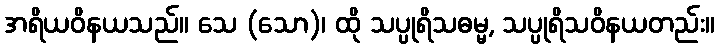
အရိယဝိနယသည်။ သေ (သော)၊ ထို သပ္ပုရိသဓမ္မ, သပ္ပုရိသဝိနယတည်း။